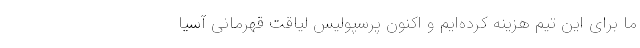
ما برای این تیم هزینه کرده‌ایم و اکنون پرسپولیس لیاقت قهرمانی آسیا